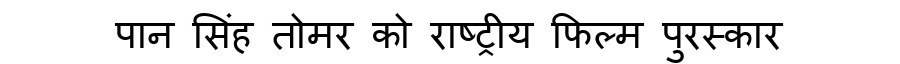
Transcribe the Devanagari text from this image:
पान सिंह तोमर को राष्ट्रीय फिल्म पुरस्कार